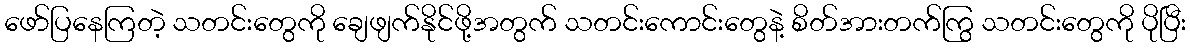
ဖော်ပြနေကြတဲ့ သတင်းတွေကို ချေဖျက်နိုင်ဖို့အတွက် သတင်းကောင်းတွေနဲ့ စိတ်အားတက်ကြွ သတင်းတွေကို ပိုပြီး